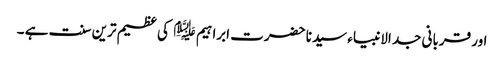
اور قربانی جد الانبیاء سیدنا حضرت ابراہیم ﷤ کی عظیم ترین سنت ہے ۔